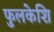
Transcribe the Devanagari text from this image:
फुलकेशि